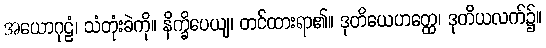
အယောဂုဠံ၊ သံတုံးခဲကို။ နိက္ခိပေယျ၊ တင်ထားရာ၏။ ဒုတိယေဟတ္ထေ၊ ဒုတိယလက်၌။